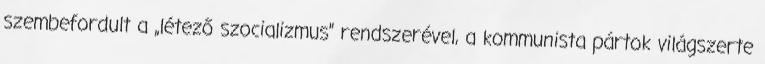
szembefordult a „létező szocializmus” rendszerével, a kommunista pártok világszerte